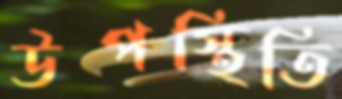
উপস্থিতি